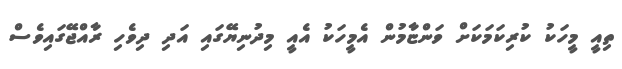
ތިއީ މީހަކު ކުރިކަމަކަށް ވަންޏާމުން އެމީހަކު އެއީ މިދުނިޔޭގައި އަދި ދިވެހި ރާއްޖޭގައިވެސް